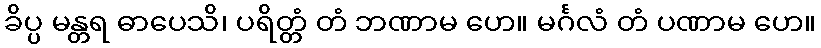
ခိပ္ပ မန္တရ ဓာပေသိ၊ ပရိတ္တံ တံ ဘဏာမ ဟေ။ မင်္ဂလံ တံ ပဏာမ ဟေ။